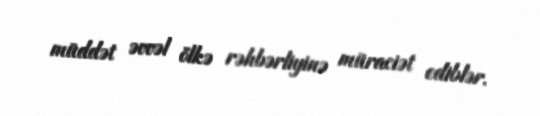
müddət əvvəl ölkə rəhbərliyinə müraciət ediblər.